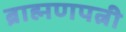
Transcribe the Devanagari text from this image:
ब्राह्मणपत्नी